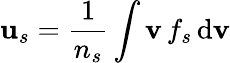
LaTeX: \mathbf{u}_{s}=\frac{1}{n_{s}}\int\mathbf{v}\, f_{s}\, \mathrm{d}\mathbf{v}